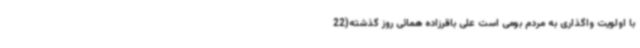
با اولویت واگذاری به مردم بومی است علی باقرزاده همائی روز گذشته(22